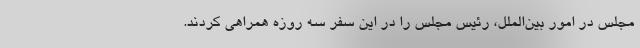
مجلس در امور بین‌الملل، رئیس مجلس را در این سفر سه روزه همراهی کردند.